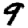
Digit: 9